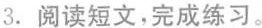
3.阅读短文，完成练习。